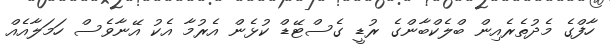
ހާފްގެ މެދުތެރެއިން ބްލެކްބާންގެ ރުޑީ ގެސްޓޭޑް ކުޅެން އެރުމާ އެކު އޭނާވެސް ހަމަލާއެއް